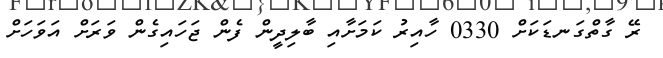
ރޭ ގާތްގަނޑަކަށް 0330 ހާއިރު ކަމަށާއި ބާލިދީން ފެން ޖަހައިގެން ވަރަށް އަވަހަށް